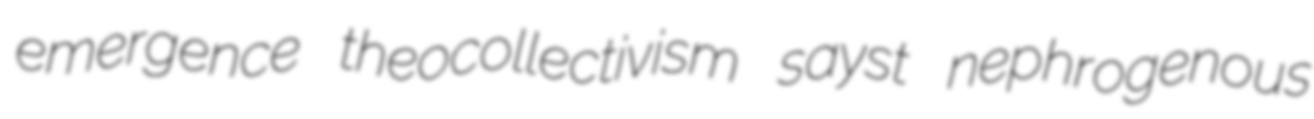
emergence theocollectivism sayst nephrogenous